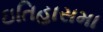
ઇતિહાસમા